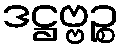
ဒဋ္ဌဗ္ဗဉ္စ